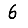
Digit: 6